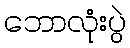
ဘောလုံးပွဲ